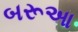
બરૂઆ